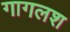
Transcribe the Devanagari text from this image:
गागलश